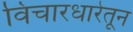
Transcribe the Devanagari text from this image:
विचारधारेतून